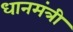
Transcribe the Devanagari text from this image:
धानमंत्री